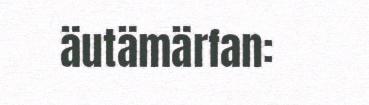
äutämärfan: